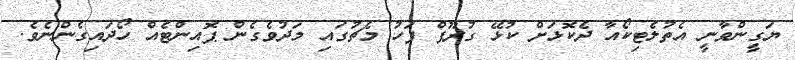
ޔަގީންވާނީ އެތުލެޓިކޯއާ ދެކޮޅަށް ކުޅޭ ގުރޫޕް ފަހު މެޗުގައި މަދުވެގެން ޕޮއިންޓެއް ހޯދައިގެންނެވެ.